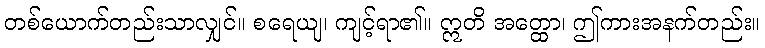
တစ်ယောက်တည်းသာလျှင်။ စရေယျ၊ ကျင့်ရာ၏။ ဣတိ အတ္ထော၊ ဤကားအနက်တည်း။